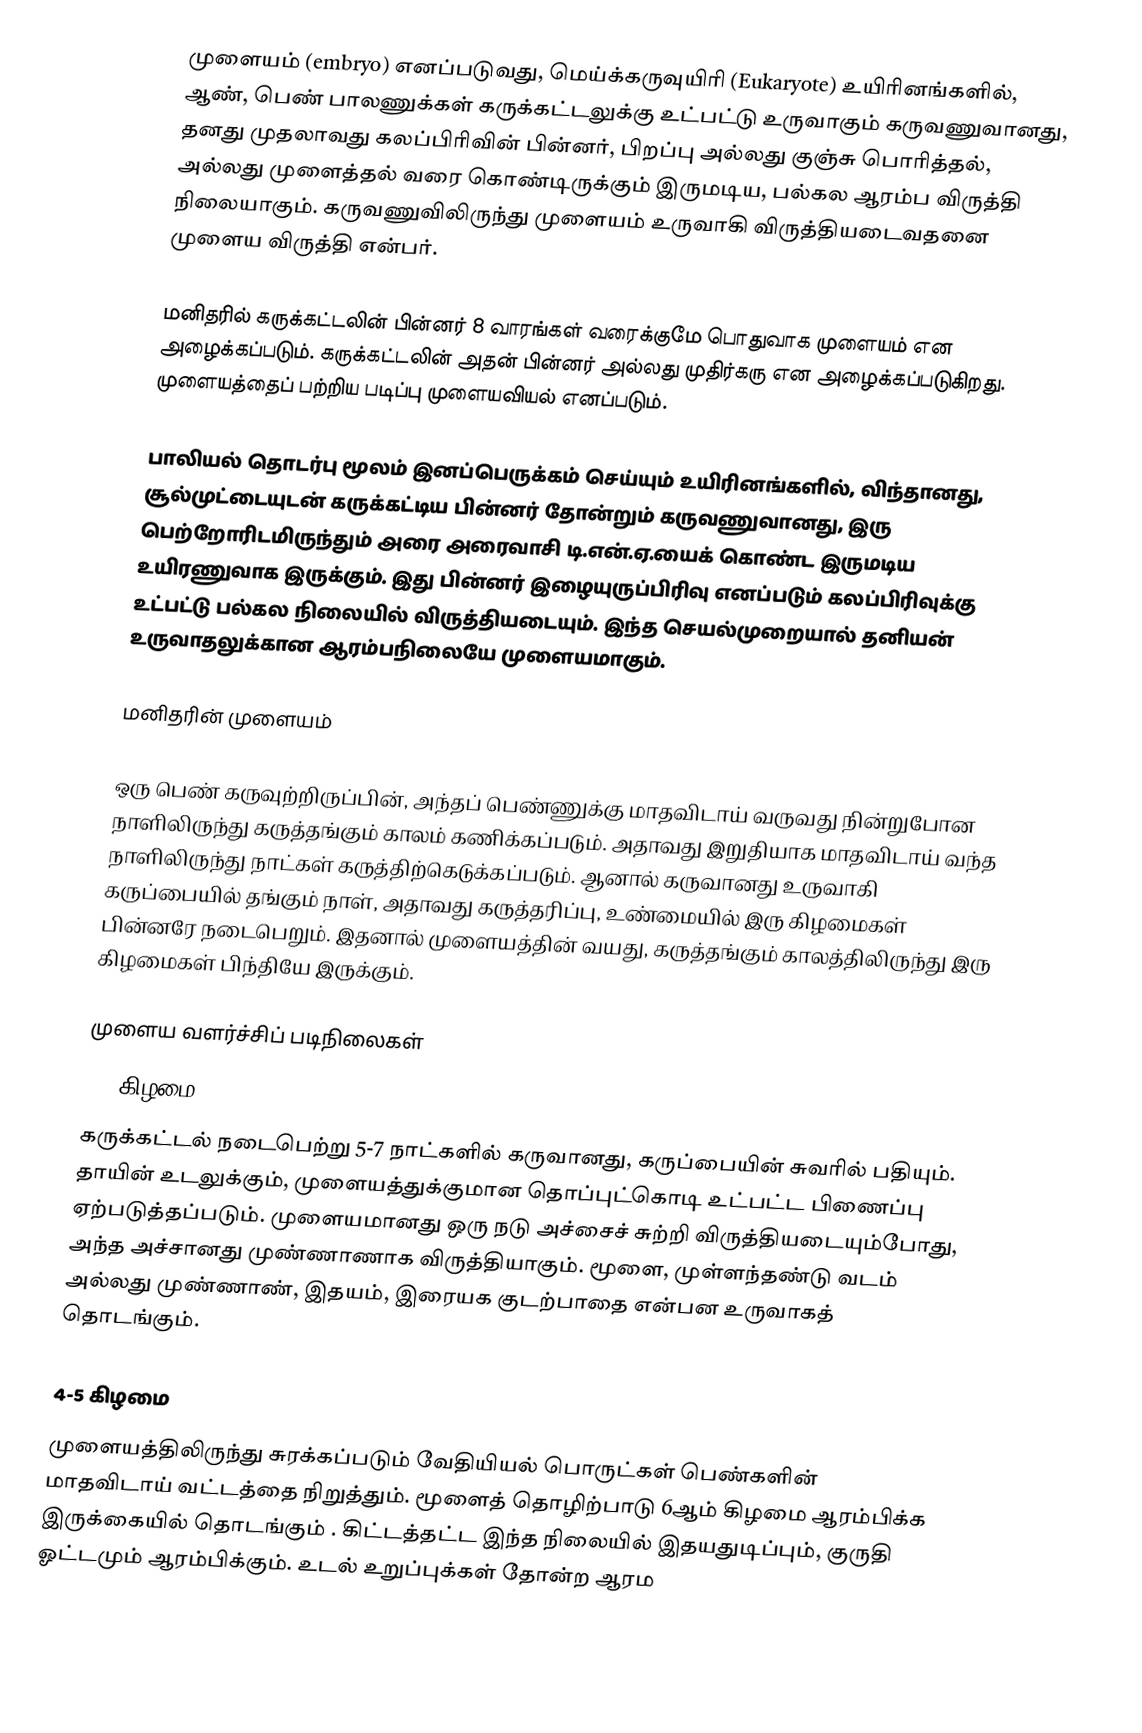
முளையம் (embryo) எனப்படுவது, மெய்க்கருவுயிரி (Eukaryote) உயிரினங்களில், ஆண், பெண் பாலணுக்கள் கருக்கட்டலுக்கு உட்பட்டு உருவாகும் கருவணுவானது, தனது முதலாவது கலப்பிரிவின் பின்னர், பிறப்பு அல்லது குஞ்சு பொரித்தல், அல்லது முளைத்தல் வரை கொண்டிருக்கும் இருமடிய, பல்கல ஆரம்ப விருத்தி நிலையாகும். கருவணுவிலிருந்து முளையம் உருவாகி விருத்தியடைவதனை முளைய விருத்தி என்பர்.

மனிதரில் கருக்கட்டலின் பின்னர் 8 வாரங்கள் வரைக்குமே பொதுவாக முளையம் என அழைக்கப்படும். கருக்கட்டலின் அதன் பின்னர் அல்லது முதிர்கரு என அழைக்கப்படுகிறது. முளையத்தைப் பற்றிய படிப்பு முளையவியல் எனப்படும்.

பாலியல் தொடர்பு மூலம் இனப்பெருக்கம் செய்யும் உயிரினங்களில், விந்தானது, சூல்முட்டையுடன் கருக்கட்டிய பின்னர் தோன்றும் கருவணுவானது, இரு பெற்றோரிடமிருந்தும் அரை அரைவாசி டி.என்.ஏ.யைக் கொண்ட இருமடிய உயிரணுவாக இருக்கும். இது பின்னர் இழையுருப்பிரிவு எனப்படும் கலப்பிரிவுக்கு உட்பட்டு பல்கல நிலையில் விருத்தியடையும். இந்த செயல்முறையால் தனியன் உருவாதலுக்கான ஆரம்பநிலையே முளையமாகும்.

மனிதரின் முளையம்

ஒரு பெண் கருவுற்றிருப்பின், அந்தப் பெண்ணுக்கு மாதவிடாய் வருவது நின்றுபோன நாளிலிருந்து கருத்தங்கும் காலம் கணிக்கப்படும். அதாவது இறுதியாக மாதவிடாய் வந்த நாளிலிருந்து நாட்கள் கருத்திற்கெடுக்கப்படும். ஆனால் கருவானது உருவாகி கருப்பையில் தங்கும் நாள், அதாவது கருத்தரிப்பு, உண்மையில் இரு கிழமைகள் பின்னரே நடைபெறும். இதனால் முளையத்தின் வயது, கருத்தங்கும் காலத்திலிருந்து இரு கிழமைகள் பிந்தியே இருக்கும்.

முளைய வளர்ச்சிப் படிநிலைகள்
1-3 கிழமை
கருக்கட்டல் நடைபெற்று 5-7 நாட்களில் கருவானது, கருப்பையின் சுவரில் பதியும். தாயின் உடலுக்கும், முளையத்துக்குமான  தொப்புட்கொடி உட்பட்ட பிணைப்பு ஏற்படுத்தப்படும். முளையமானது ஒரு நடு அச்சைச் சுற்றி விருத்தியடையும்போது, அந்த அச்சானது முண்ணாணாக விருத்தியாகும். மூளை,  முள்ளந்தண்டு வடம் அல்லது முண்ணாண், இதயம், இரையக குடற்பாதை என்பன உருவாகத் தொடங்கும்.

4-5 கிழமை
முளையத்திலிருந்து சுரக்கப்படும் வேதியியல் பொருட்கள் பெண்களின் மாதவிடாய் வட்டத்தை நிறுத்தும். மூளைத் தொழிற்பாடு 6ஆம் கிழமை ஆரம்பிக்க இருக்கையில் தொடங்கும் . கிட்டத்தட்ட இந்த நிலையில் இதயதுடிப்பும், குருதி ஓட்டமும் ஆரம்பிக்கும். உடல் உறுப்புக்கள் தோன்ற ஆரம